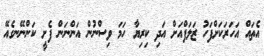
އެތައް އަހަރަކަށްފަހު ޒަލަފްއަށް އަދި ކިރިޔާ ހަމަ ވިސްނުން އަންނަން ފެށީ ކަންނޭނގެއޭ